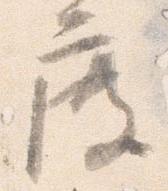
度